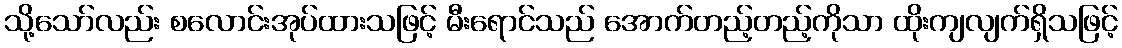
သို့သော်လည်း စလောင်းအုပ်ထားသဖြင့် မီးရောင်သည် အောက်တည့်တည့်ကိုသာ ထိုးကျလျက်ရှိသဖြင့်